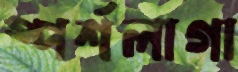
স্পর্শলাগা